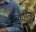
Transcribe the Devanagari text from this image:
पलाडियम